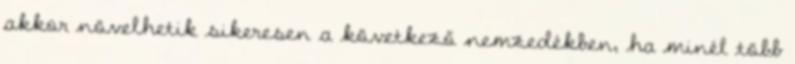
akkor növelhetik sikeresen a következő nemzedékben, ha minél több